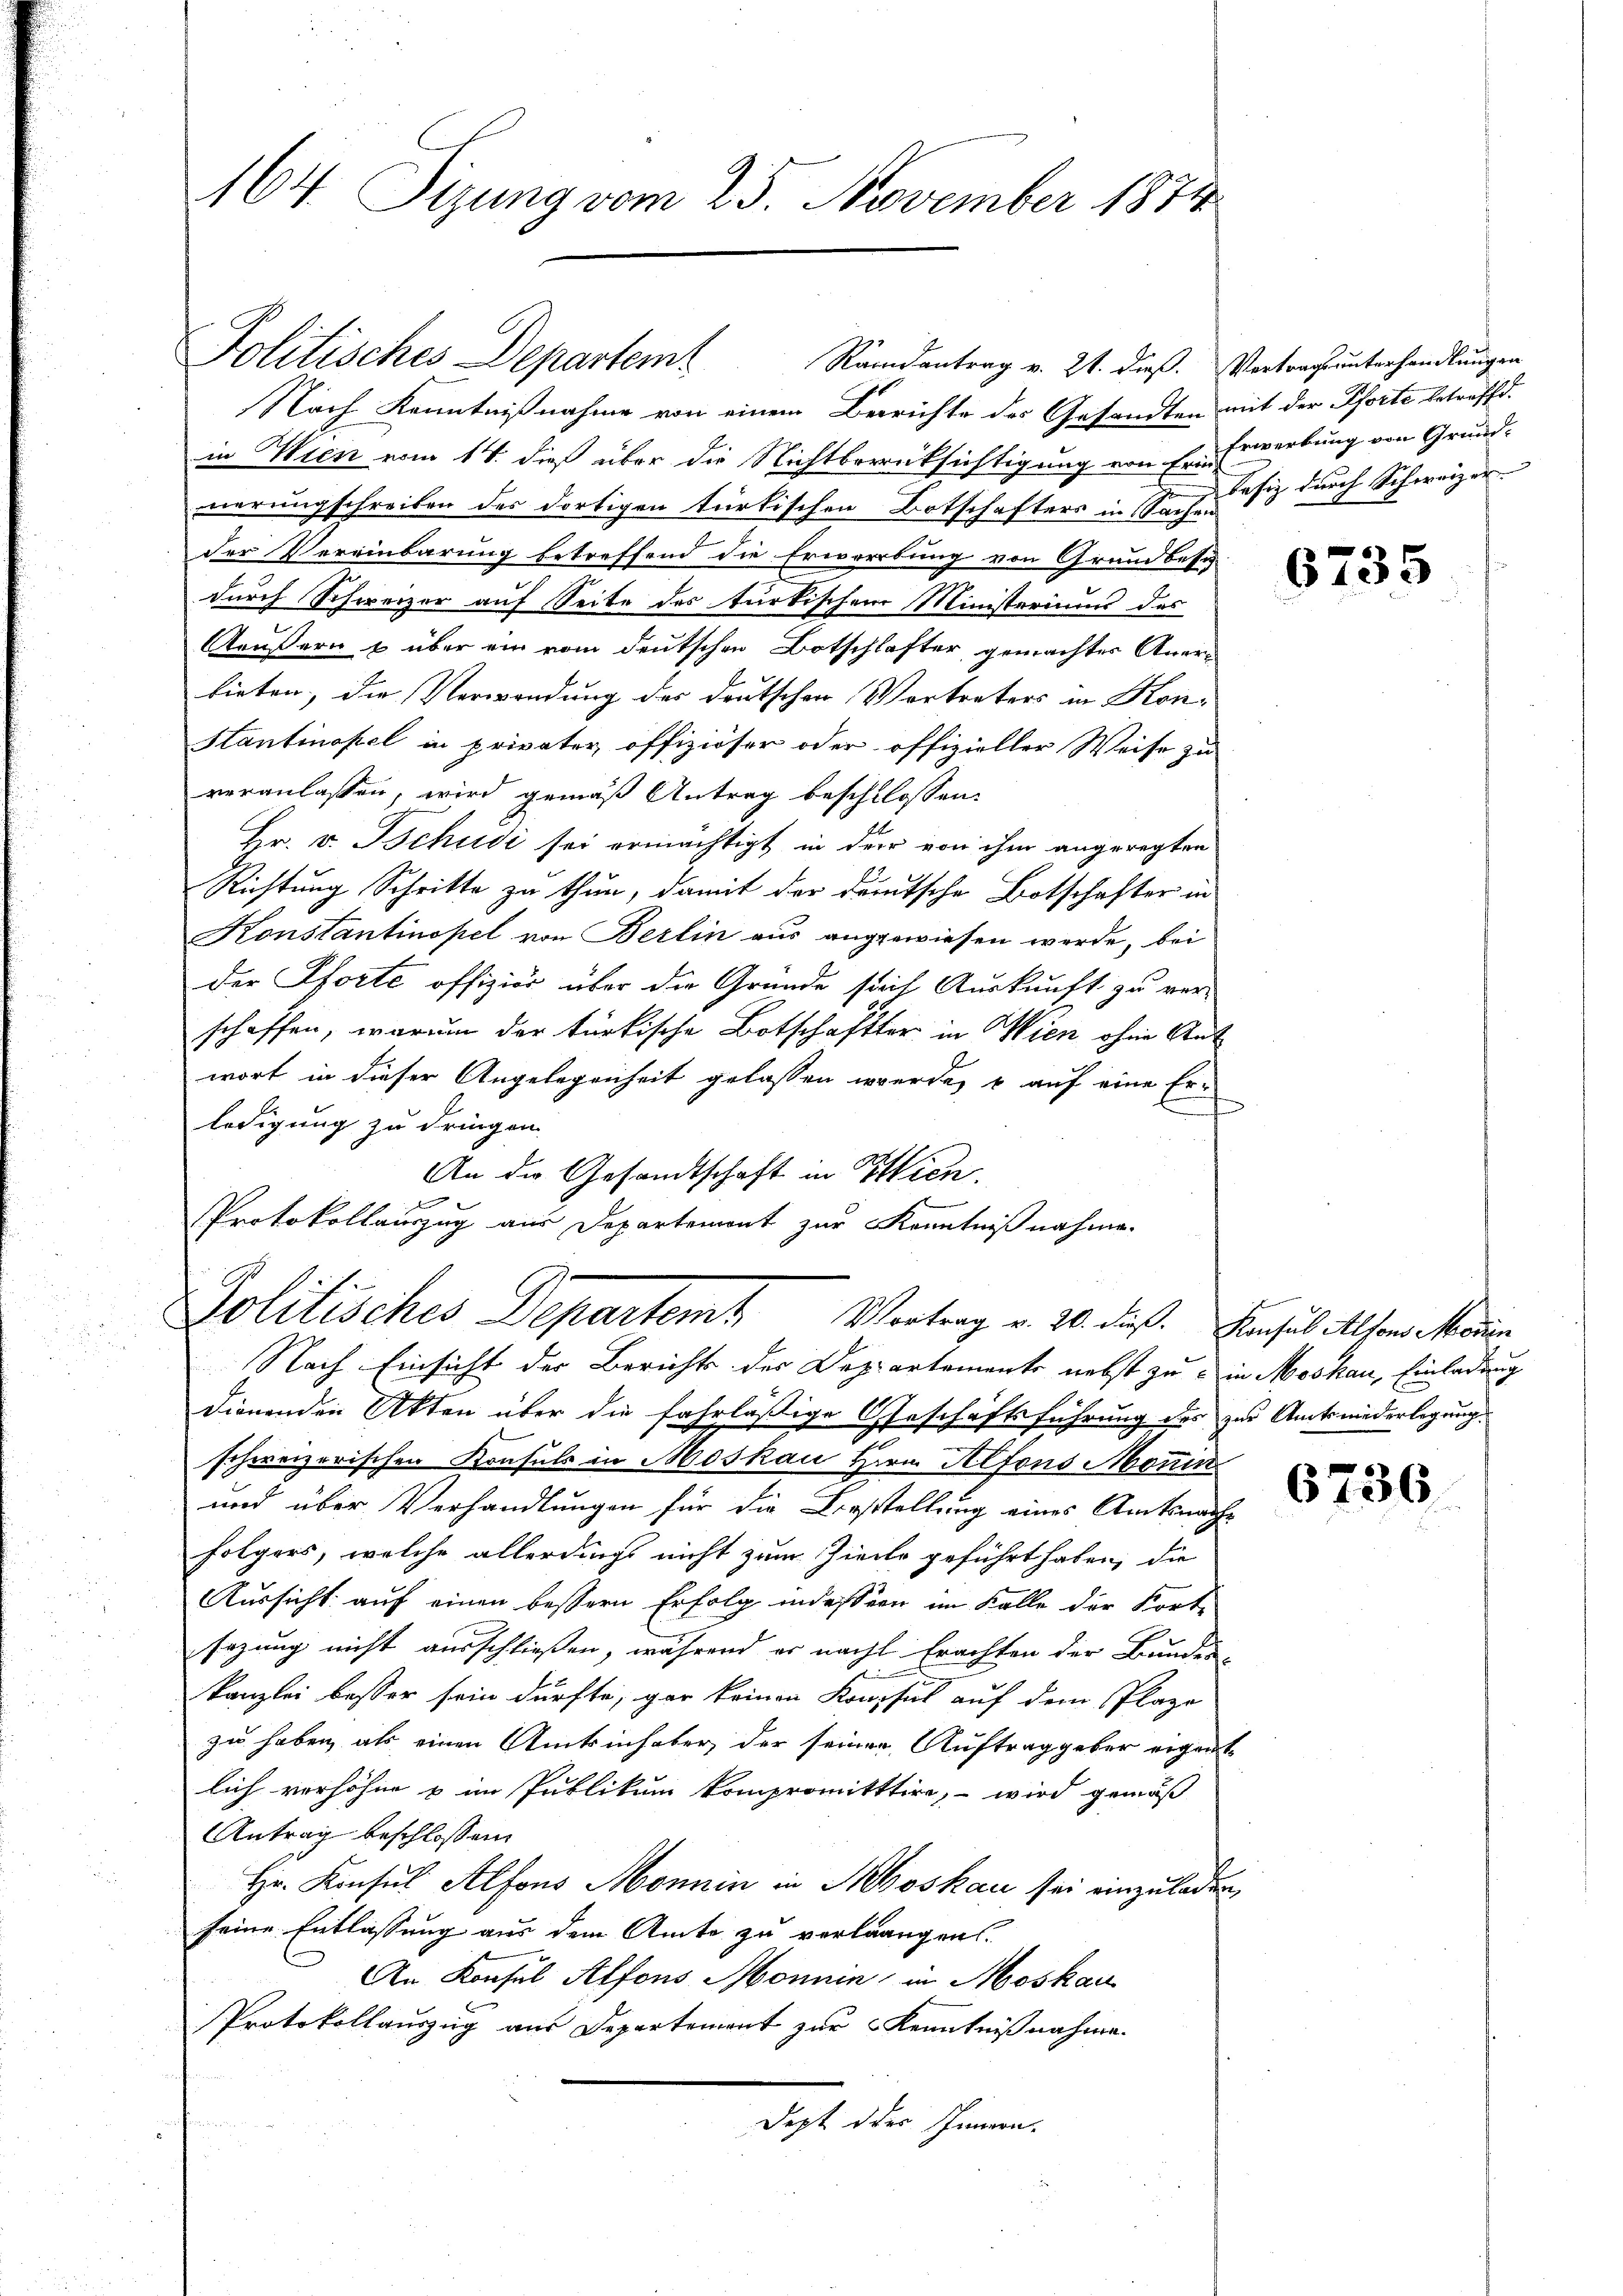
164 Sizung vom 25. November 1874.

Nach Kenntnißnahme von einem Berichte des Gesandten mit der Pforte betreffd.
in Wien vom 14. dieß über die Nichtberücksichtigung von ihr Erwerbung von Grund-
nerungschreiben des dortigen türkischen Botschafters in Sachen
der Vereinbarung betreffend die Erwerbung von Grundbesi
durch Schweizer auf Seite des türkischem Ministeriums des
Aeußern & über ein vom deutschen Botschlafter gemachtes Anerbieten; die Verwendung der deutschen Vertreters in Kon¬
Stantinopel in privater offiziöser oder offizieller Weise zu
veranlassen, wird gemäß Antrag beschlossen:
Hr. v. Tschudi sei ermächtigt in der von ihm angeregten
Richtung Schritte zu thun, damit der deutsche Botschafter in
Konstantinopel von Berlin aus angewiesen werde, bei
der Sorte offizier über die Grunde sich Auskunft zu verschaffen, warum der türkische Botschafter in Wien ohne Ant
wort in dieser Angelegenheit gelassen werde, u auf eine Erledigung zu dringen.
An die Gesandtschaft in Wien.
2
Protokollauszug aus Departemont zur Kenntnißnahme.
Politisches Departem Vortrag v. 20. dieß. Insub Alfons seien
Nach Einsicht der Berichts der Departemente nebst zu in Moskau, Einladung
dionenden Akten über die fahrläßige Geschäftsführung des zur Amtsniederlegung
schweizerischen Konsuls in Moskau Hern. Alfons Monin
und über Verhandlungen für die Berstellung eines Amtsnache
folgers, welche allerdings nicht zum Ziele geführt haben, die
Aussicht auf einen bessern Erfolg indessern im Falle der Fort-
sezung nicht ausschließen, während er nach Erachten der Bundes-
.
kanzlei besser sein dürfte, gar keinen Konsul auf dem Plaze
zu haben, als einen Amtsinhaber der seinen Auftraggeber eigent
lich verhöhen u im Publikum kompromitttire, – wird gemäß
Antrag beschlossen:
Hr. Konsul Alfons Monnin in Moskau sei einzuladen,
seine Entlassung aus dem Amts zu verlangen.
An Konsul Alfons Monnin in Moskau
Protokollauszug aus Departement zur Kenntnißnahme.
dicht die Herrn

Politisches Departemt

Randantrag v. 24. dieß. Vertragsunterhandlungen

Tefiz durch Schweizer

6735

6736